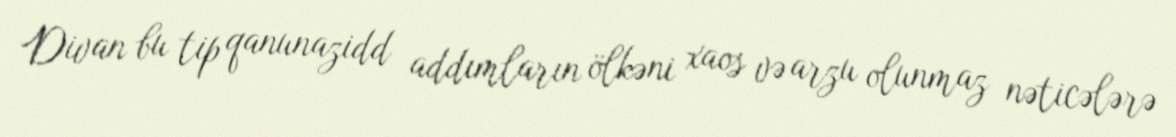
Divan bu tip qanunazidd addımların ölkəni xaos və arzu olunmaz nəticələrə